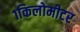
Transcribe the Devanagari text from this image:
१किलोमीटर